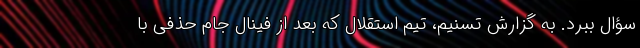
سؤال ببرد. به گزارش تسنیم، تیم استقلال که بعد از فینال جام حذفی با